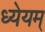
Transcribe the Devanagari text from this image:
ध्येयम्‌